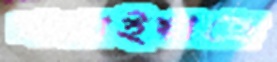
খণ্ডাইয়াছে